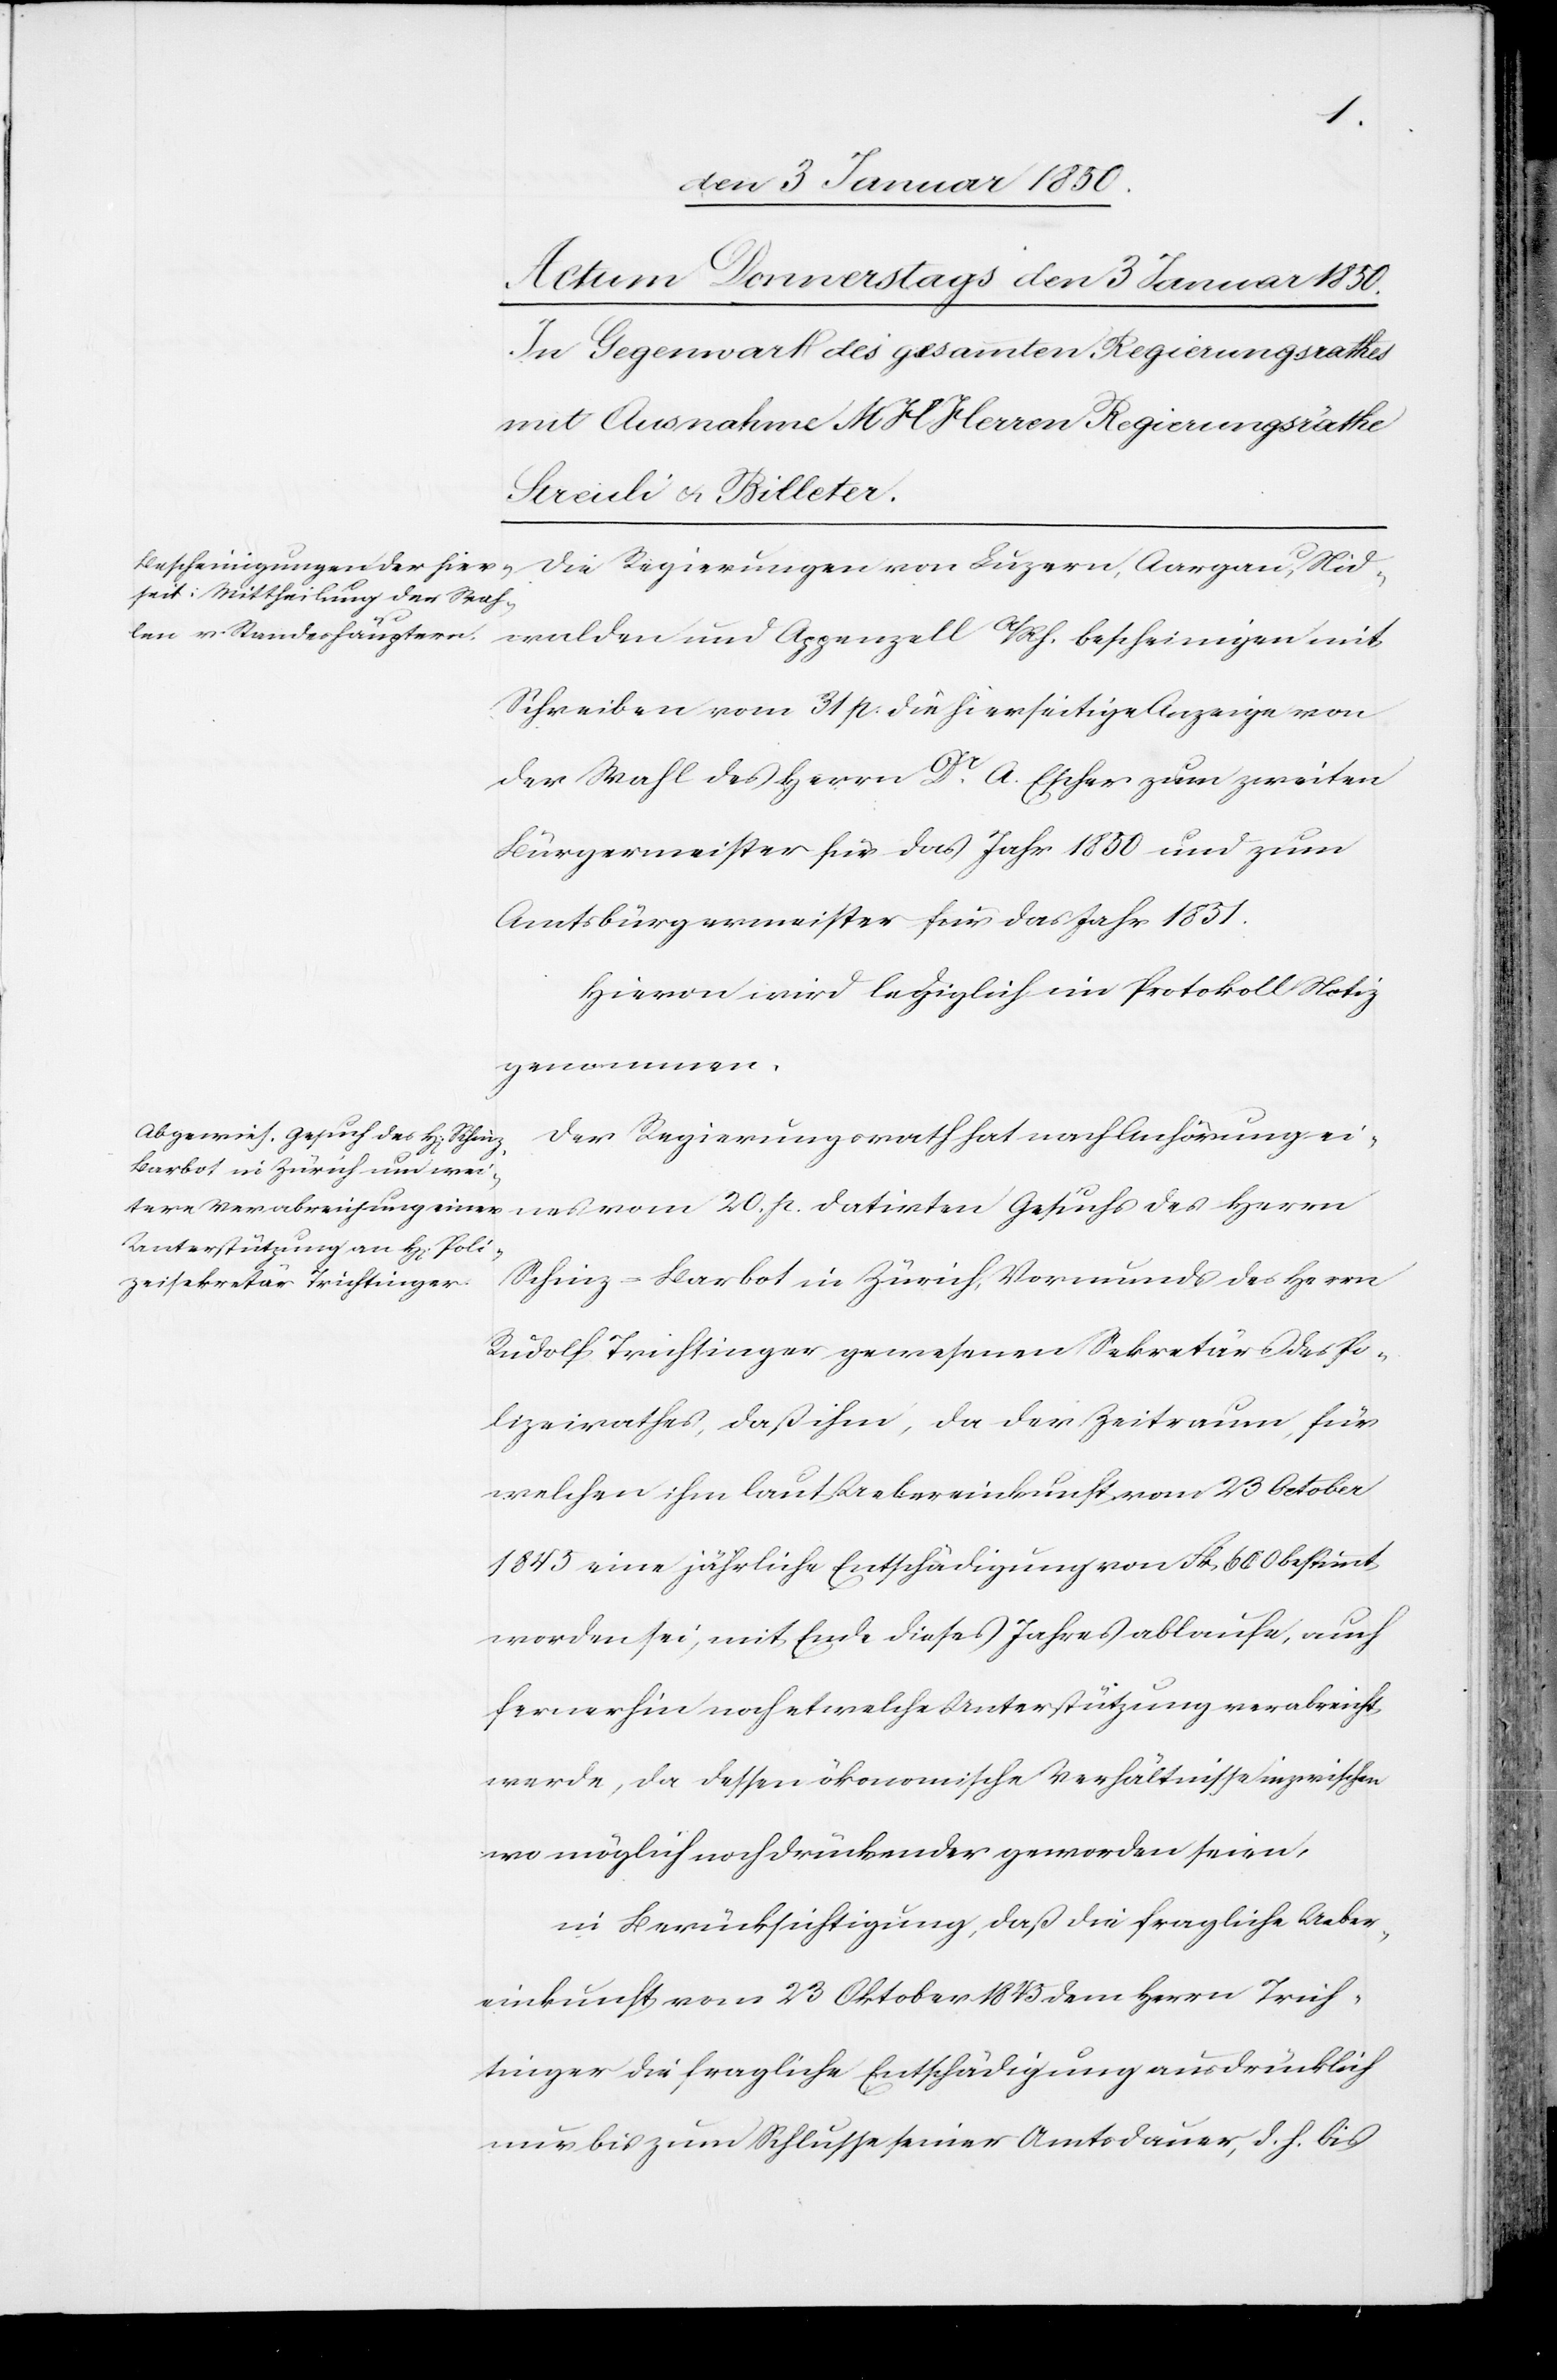
Die Regierungen von Luzern, Aargau, Nid¬
mit
Schreiben vom 31 p. die hierseitige Anzeige von
der Wahl des Herrn Dr A. Escher zum zweiten
Bürgermeister für das Jahr 1850 und zum
Amtsbürgermeister für das Jahr 1851.
Hievon wird lediglich im Protokoll Notiz
genommen.
Der Regierungsrath hat nach Anhörung ei¬
nes vom 20. p. datirten Gesuchs des Herrn
Schinz-Barbot in Zürich, Vormunds des Herrn
Rudolf Trichtinger gewesenen Sekretärs des Po¬
lizeirathes, daß ihm, da der Zeitraum für
welchen ihm laut Uebereinkunft vom 23 October
1845 eine jährliche Entschädigung von Fr. 600 bestimmt
worden sei, mit Ende dieses Jahres ablaufe, auch
fernerhin noch etwelche Unterstützung verabreicht
werde, da dessen ökonomische Verhältnisse inzwischen
wo möglich noch drückender geworden seien,
in Berücksichtigung, daß die fragliche Ueber¬
einkunft vom 23 Oktober 1845 dem Herrn Trich¬
tinger die fragliche Entschädigung ausdrücklich
nur bis zum Schlusse seiner Amtsdauer, d. h. bis